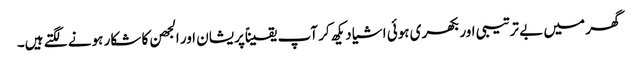
گھر میں بے ترتیبی اور بکھری ہوئی اشیا دیکھ کر آپ یقیناًپریشان اور الجھن کا شکار ہونے لگتے ہیں۔